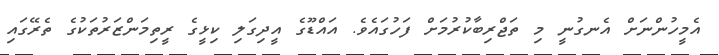
އެމީހުންނަށް އެނގުނީ މި ތަޖްރިބާކުރުމަށް ފަހުގައެވެ. އައްޑޫގެ އީދިގަލި ކިޅީގެ ރީތިމަންޒަރުތަކުގެ ތެރޭގައި